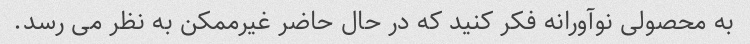
به محصولی نوآورانه فکر کنید که در حال حاضر غیرممکن به نظر می رسد.